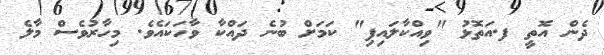
ދެން އޮތީ ފ.އަތޮޅު "ވިއްކާލައިފި" ކަމަށް ބުނެ ދައްކާ ވާހަކައެވެ. މިހާރުވެސް މާލެ